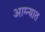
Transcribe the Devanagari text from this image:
आग्न्यात